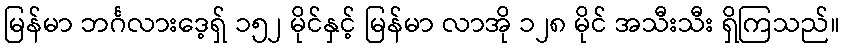
မြန်မာ ဘင်္ဂလားဒေ့ရှ် ၁၅၂ မိုင်နှင့် မြန်မာ လာအို ၁၂၈ မိုင် အသီးသီး ရှိကြသည်။